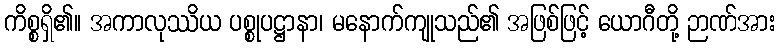
ကိစ္စရှိ၏။ အကာလုဿိယ ပစ္စုပဋ္ဌာနာ၊ မနောက်ကျုသည်၏ အဖြစ်ဖြင့် ယောဂီတို့ ဉာဏ်အား